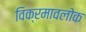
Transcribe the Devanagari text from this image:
विक्रमावलोक